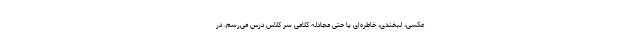
عکسی، لبخندی، خاطره‌ای یا حتی مجادله کلامی سر کلاس درس می‌رسم. در